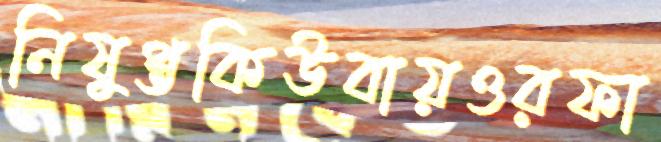
নিষুপ্তকিউবায়ওরফা